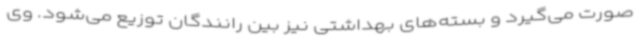
صورت می‌گیرد و بسته‌های بهداشتی نیز بین رانندگان توزیع می‌شود. وی